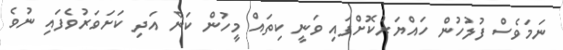
ނަމަވެސް ފުލުހުން ހައްޔަރުކޮށްފައި ވަނީ ކިތައް މީހުން ކަން އަދި ކަށަވަރުވެފައި ނުވެ